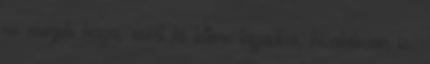
ne menjek haza, mert ki lettem tagadva, hivatalosan is.